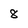
Character: 8